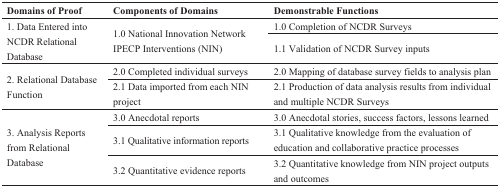
| Domains of Proof | Components of Domains | Demonstrable Functions |
 | --- | --- | --- |
 | <ROWSPAN=2> 1. Data Entered into NCDR Relational Database | <ROWSPAN=2> 1.0 National Innovation Network IPECP Interventions (NIN) | 1.0 Completion of NCDR Surveys |
 | 1.1 Validation of NCDR Survey inputs |
 | <ROWSPAN=2> 2. Relational Database Function | 2.0 Completed individual surveys | 2.0 Mapping of database survey fields to analysis plan |
 | 2.1 Data imported from each NIN project | 2.1 Production of data analysis results from individual and multiple NCDR Surveys |
 | <ROWSPAN=3> 3. Analysis Reports from Relational Database | 3.0 Anecdotal reports | 3.0 Anecdotal stories, success factors, lessons learned |
 | 3.1 Qualitative information reports | 3.1 Qualitative knowledge from the evaluation of education and collaborative practice processes |
 | 3.2 Quantitative evidence reports | 3.2 Quantitative knowledge from NIN project outputs and outcomes |